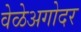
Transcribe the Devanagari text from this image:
वेळेअगोदर